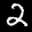
Label: 2